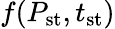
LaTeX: f(P_{\mathrm{st}},t_{\mathrm{st}})